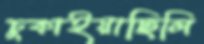
চুকাইয়াছিলি